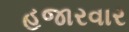
હજારવાર